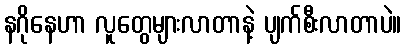
နဂိုနေဟာ လူတွေများလာတာနဲ့ ပျက်စီးလာတာပဲ။